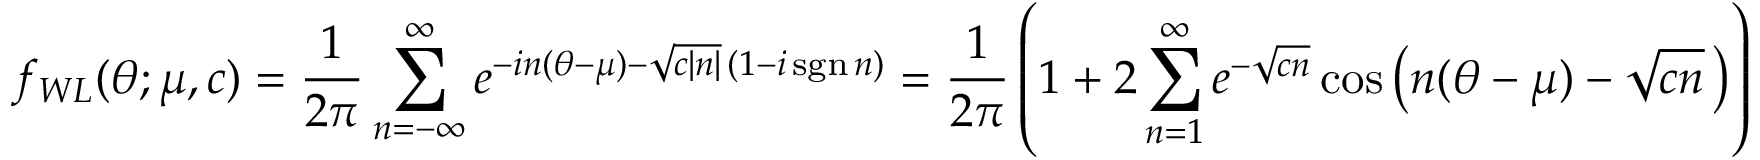
f _ { W L } ( \theta ; \mu , c ) = { \frac { 1 } { 2 \pi } } \sum _ { n = - \infty } ^ { \infty } e ^ { - i n ( \theta - \mu ) - { \sqrt { c | n | } } \, ( 1 - i \operatorname { s g n } { n } ) } = { \frac { 1 } { 2 \pi } } \left( 1 + 2 \sum _ { n = 1 } ^ { \infty } e ^ { - { \sqrt { c n } } } \cos \left( n ( \theta - \mu ) - { \sqrt { c n } } \, \right) \right)